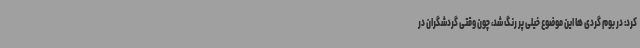
کرد: در بوم گردی ها این موضوع خیلی پر رنگ شد، چون وقتی گردشگران در